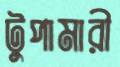
টুপামারী